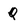
Character: Q